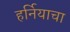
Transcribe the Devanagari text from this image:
हर्नियाचा